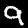
Digit: 9